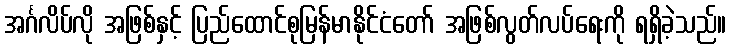
အင်္ဂလိပ်လို အဖြစ်နှင့် ပြည်ထောင်စုမြန်မာနိုင်ငံတော် အဖြစ်လွတ်လပ်ရေးကို ရရှိခဲ့သည်။